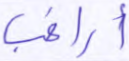
أراغب